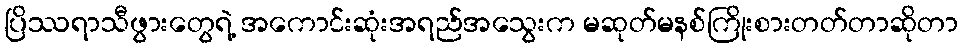
ပြိဿရာသီဖွားတွေရဲ့ အကောင်းဆုံးအရည်အသွေးက မဆုတ်မနစ်ကြိုးစားတတ်တာဆိုတာ